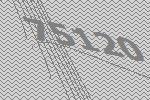
75120